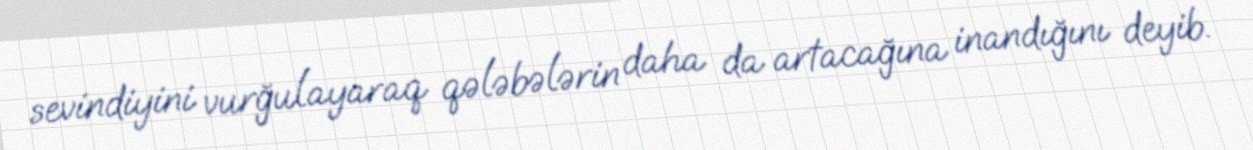
sevindiyini vurğulayaraq qələbələrin daha da artacağına inandığını deyib.